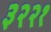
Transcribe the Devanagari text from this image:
३२२१